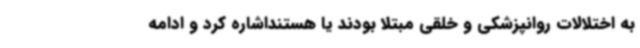
به اختلالات روانپزشکی و خلقی مبتلا بودند یا هستنداشاره کرد و ادامه